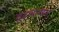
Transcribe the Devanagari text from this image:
गूढ़वाचन